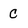
Character: C